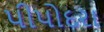
પીપોદરા